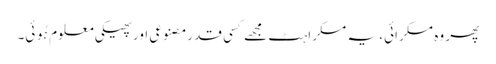
پھر وہ مسکرائی، یہ مسکراہٹ مجھے کسی قدرمصنوعی اور پھیکی معلوم ہُوئی۔